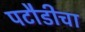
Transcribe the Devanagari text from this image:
पटौडीचा